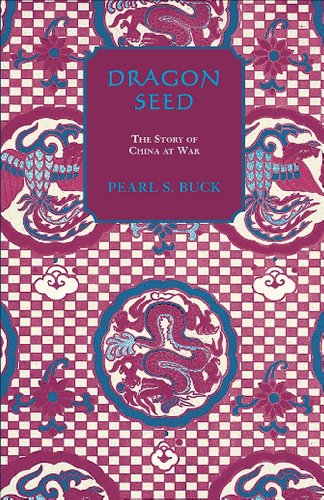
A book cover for Dragon Seed (Oriental Novels of Pearl S. Buck); Pearl S. Buck; Science Fiction & Fantasy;